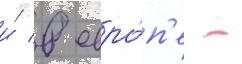
и́ в евро́п'е -